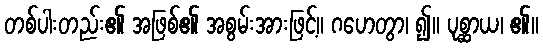
တစ်ပါးတည်း၏ အဖြစ်၏ အစွမ်းအားဖြင့်။ ဂဟေတွာ၊ ၍။ ပုစ္ဆာယ၊ ၏။